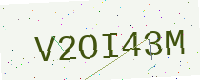
Text: V2OI43M